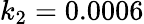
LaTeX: k_{2}=0.0006